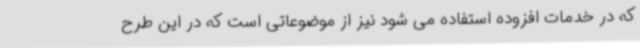
که در خدمات افزوده استفاده می شود نیز از موضوعاتی است که در این طرح